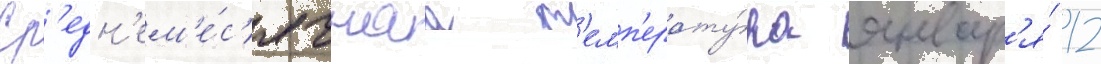
Ср'едн'ем'е́с'ячнаа т'емп'ерату́ра январ'я́ 12